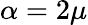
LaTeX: \alpha=2\mu